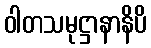
ဝါတသမုဋ္ဌာနာနိပိ